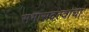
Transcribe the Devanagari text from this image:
सभासदत्वाचा